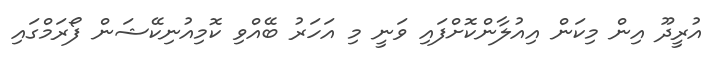
އުރީދޫ އިން މިކަން އިއުލާންކޮށްފައި ވަނީ މި އަހަރު ބޭއްވި ކޮމިއުނިކޭޝަން ފޯރަމްގައި